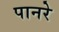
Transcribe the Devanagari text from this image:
पानरे